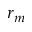
r _ { m }